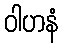
ဝါဟနံ